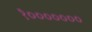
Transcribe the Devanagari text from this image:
१०००००००